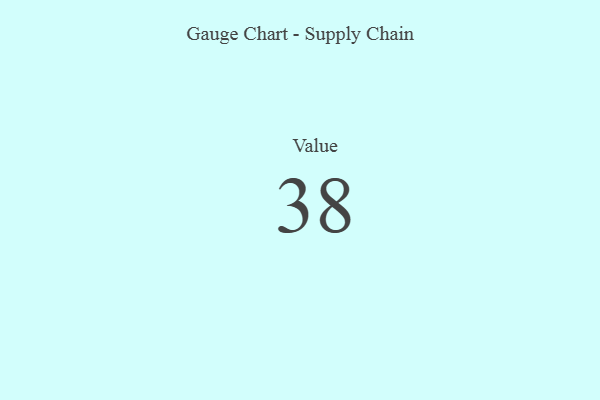
{"axis": {"x": "Metric", "y": "Value"}, "legend": [""], "data": [{"x": "Value", "y": 38, "type": ""}]}